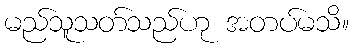
မည်သူသတ်သည်ဟု အတပ်မသိ။